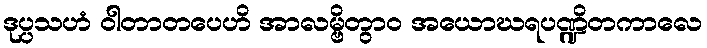
ဒုပ္ပသဟံ ဝါတာတပေဟိ အာလမ္ဗိတွာဝ အယောဃရပဏ္ဍိတကာလေ